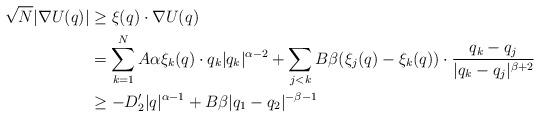
LaTeX: \begin{align*} \sqrt{N} |\nabla U(q)|& \geq \xi(q) \cdot \nabla U(q)\\ & = \sum_{k =1}^N A\alpha \xi_k(q) \cdot q_k |q_k|^{\alpha-2} + \sum_{j <k} B \beta (\xi_j(q)-\xi_k(q)) \cdot \frac{q_k-q_j}{|q_k-q_j|^{\beta+2}}\\&\geq - D_2' |q|^{\alpha-1} + B\beta |q_1 -q_2|^{-\beta-1}\end{align*}